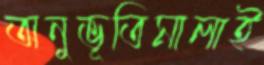
অনুভূতিমালাই